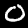
Label: 0